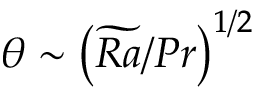
\theta \sim \left( \widetilde { R a } / P r \right) ^ { 1 / 2 }